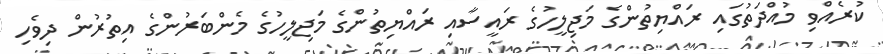
ކުރެއްވި މުއްދަތުގައި ރައްޔިތުންގެ މަޖިލީހުގެ ރައީސާއި ރައްޔިތުންގެ މަޖިލީހުގެ މެންބަރުންގެ އިތުރުން ދިވެހި